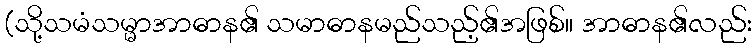
(သို့သမံသမ္မာအာဓာန၏ သမာဓာနမည်သည့်၏အဖြစ်။ အာဓာန၏လည်း